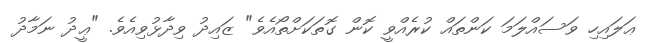
ޢަލައިހި ވަސައްލަމަ ކަންތައް ކުރެއްވީ ކޮން ގޮތަކަށްތޯއެވެ" ޒައިދު ވިދާޅުވިއެވެ. "ޢީދު ނަމާދު